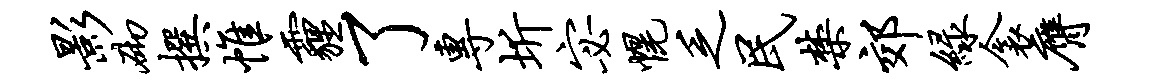
影砌撰帷霾了专圻宓幌乏民禁郊绿衾膺